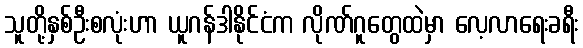
သူတို့နှစ်ဦးစလုံးဟာ ယူဂန်ဒါနိုင်ငံက လိုဏ်ဂူတွေထဲမှာ လေ့လာရေးခရီး